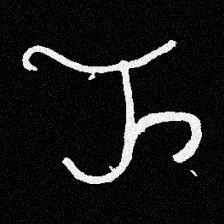
Pyu character \u2014 Myanmar letter: ည (romanized: nya)